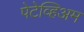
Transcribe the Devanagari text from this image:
पेटेव्हिअम